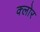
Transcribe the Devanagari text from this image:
क्लोर